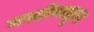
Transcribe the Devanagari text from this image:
वर्सोव्याहून